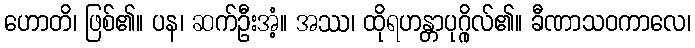
ဟောတိ၊ ဖြစ်၏။ ပန၊ ဆက်ဦးအံ့။ အဿ၊ ထိုရဟန္တာပုဂ္ဂိုလ်၏။ ခီဏာသဝကာလေ၊